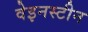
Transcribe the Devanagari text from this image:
वेइनस्टीन